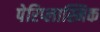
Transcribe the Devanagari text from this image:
पेरिप्लास्मिक